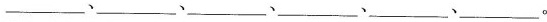
____、___、___、___、___、___。